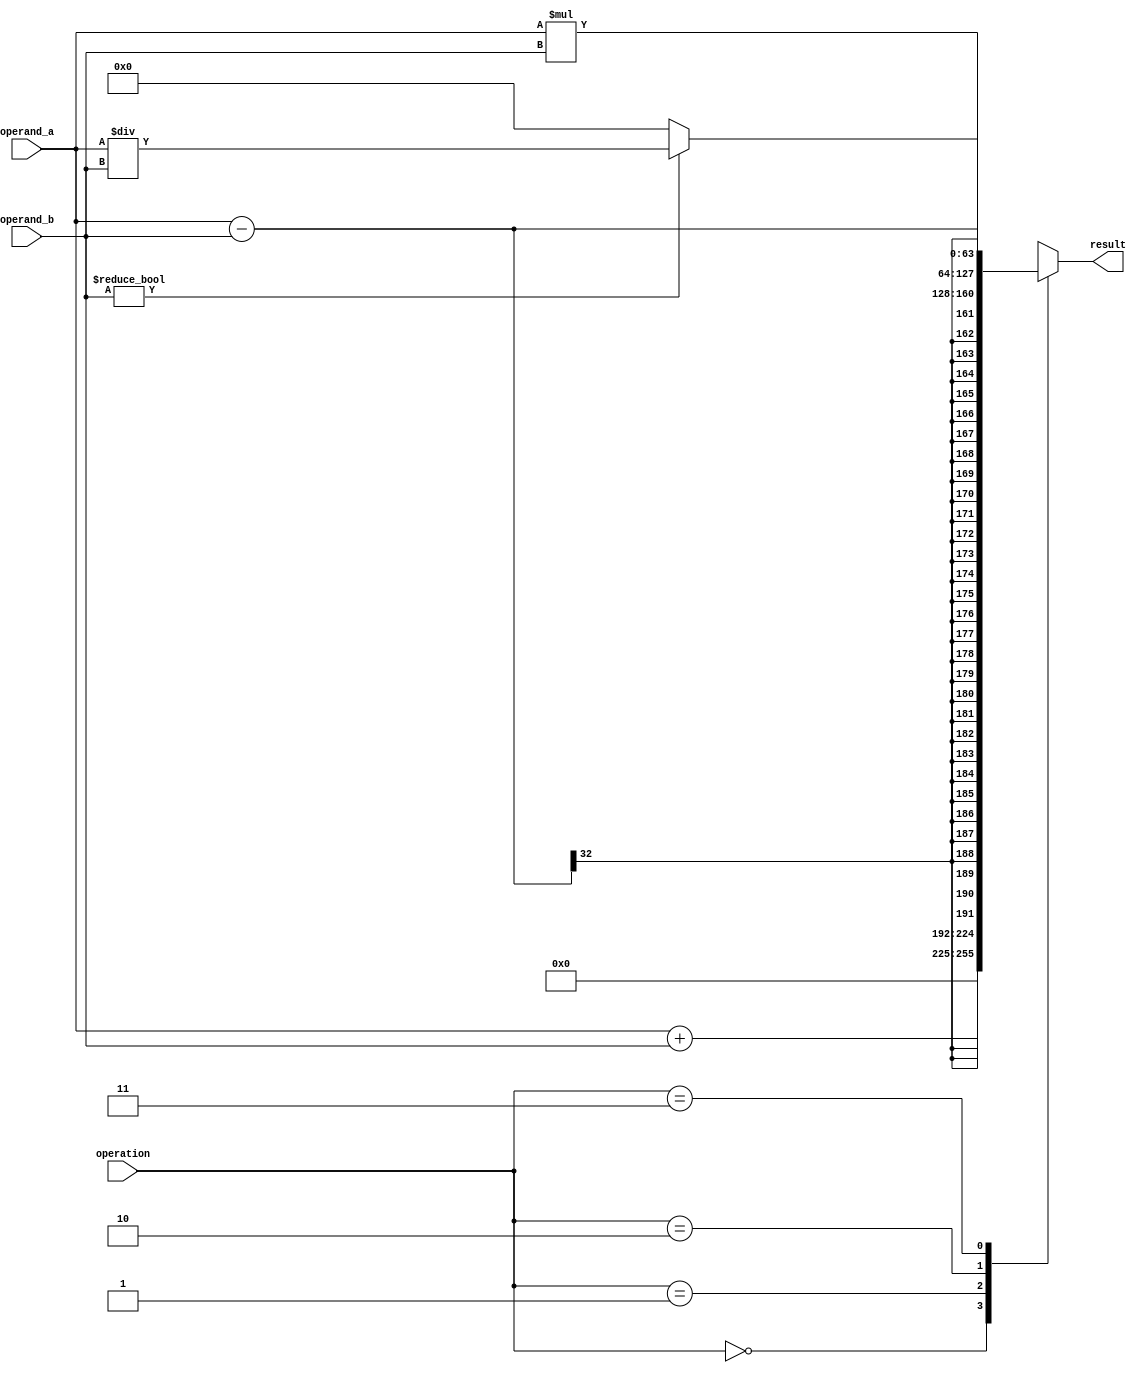
module ArbitraryPrecisionFloatingPointUnit (
    input [31:0] operand_a,
    input [31:0] operand_b,
    input [1:0] operation,
    output reg [63:0] result
);

always @(*)
begin
    case(operation)
        2'b00: result = operand_a + operand_b; // Addition
        2'b01: result = operand_a - operand_b; // Subtraction
        2'b10: result = operand_a * operand_b; // Multiplication
        2'b11: begin
            if(operand_b != 0)
                result = operand_a / operand_b; // Division
            else
                result = 64'h0; // Division by zero, output zero
        end
    endcase
end

endmodule